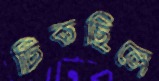
টিকছিলে